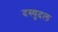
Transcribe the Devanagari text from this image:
दस्युदल